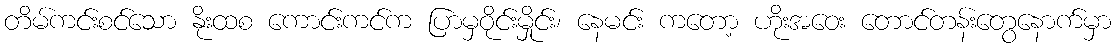
တိမ်ကင်းစင်သော နိုးထစ ကောင်းကင်က ပြာမှဝိုင်းမှိုင်း၊ နေမင်း ကတော့ ဟိုးအဝေး တောင်တန်းတွေနောက်မှာ